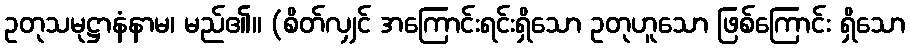
ဥတုသမုဋ္ဌာနံနာမ၊ မည်၏။ (စိတ်လျှင် အကြောင်းရင်းရှိသော ဥတုဟူသော ဖြစ်ကြောင်း ရှိသော